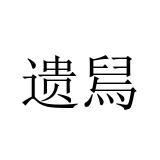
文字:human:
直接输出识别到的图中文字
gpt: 遗舃